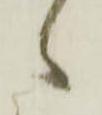
候